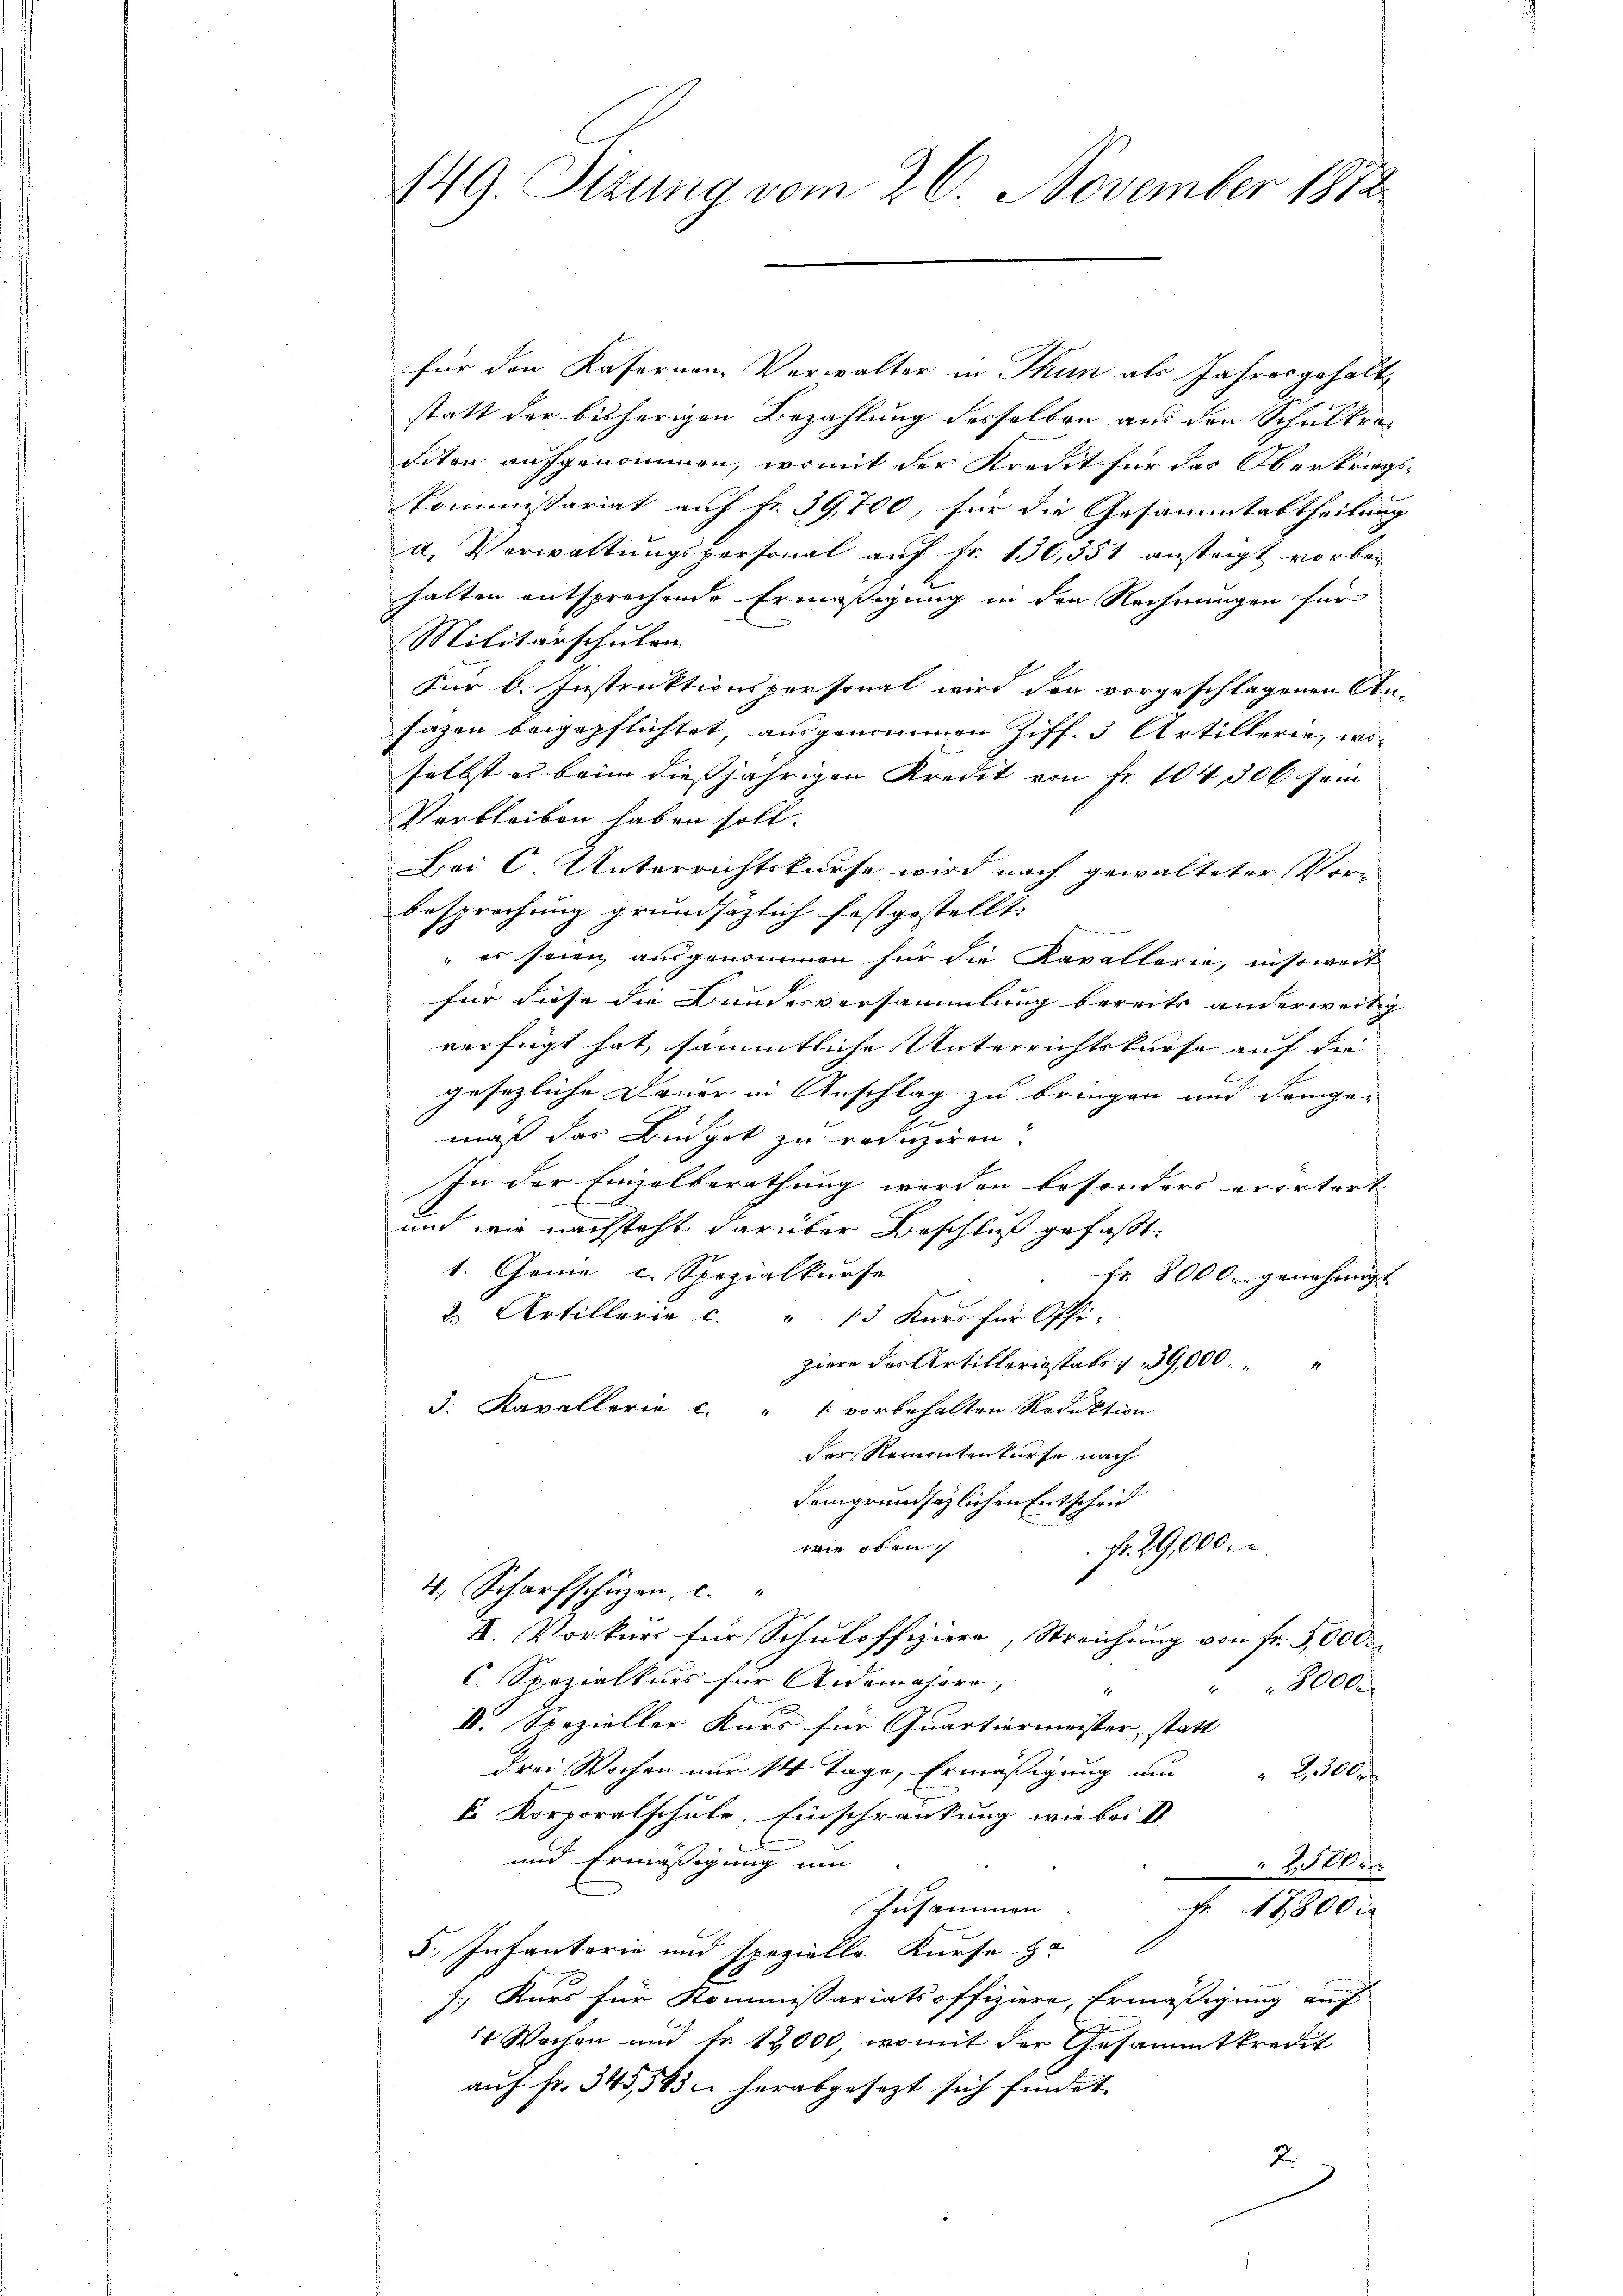
149. Sizung vom 26. November 1872

für den Kasernen-Verwalter in Thun als Jahresgehalt
statt der bisherigen Bezahlung desselben aus den Schulkresiten aufgenommen, womit der Kredit für das Obertrags-
Kommissariat auf fr. 39,700, für die Gesammtabtheilung
a. Verwaltungspersonal auf Fr. 130, 351 ansteigt vorben
halten entsprechende Ermäßigung in den Rechnungen für
n
Militärschulen
Für b. Instruktionspersonal wird den vorgeschlagenen An-
sazen beigepflichtet, ausgenommen Ziff. 3 Artillerie, woselbst es beim diesjährigen Kredit von Fr. 104, 300 sein
Verbleiben haben soll.
Bei C. Unterrichtskurse wird nach gewalteter Vor- |
besprechung grundsätzlich festgestellt.
f
" es seien ausgenommen für die Kavallerie, insoweit
für diese die Bundesversammlung bereits anderweitig
verfügt hat sämmtliche Unterrichtskurse auf die |
gesezliche Dauer in Anschlag zu bringen und demge-
mäß das Budget zu reduziren.
In der Einzelberathung werden besonders erörtert
mich wie nachsteht darüber Beschluß gefaßt:
1. Geine c. Spezialkurse
fr. 8000. genehmigt

2. Artillerie c. " 15 Kurs für Offi-
piere der Artiklariastato 139,000.
3. Kavallerie c. " " vorbehalten Reduktion
der Remontenkurse nach
dem grundsätzlichen Entscheid
wie oben.
fr. 29,000
4. Scharfschüzen, c.
A. Vorkurs für Schuloffiziere, Streichung von Fr. 5000.
C. Spezialkurs für Aidemajori,
8000.
IV. Spezieller Kurs für Quartiermeister, statt
drei Wochen nur 14 Tage, Ermäßigung an " 2300 r
ke Korporalschule, Einschränkung wie bei d
und Ermäßigung um
2500 x
Zusammen
f 7800
5., Infanterie und spezielle Kurse. Ha
J. Kurs für Kommissariats offiziere, Ermäßigung auf
4 Wochen und fr. 12000, womit der Gesammtkredit
aŭf Fr. 345, 563 herabgesezt sich findet.
2.